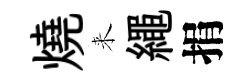
燒来繩捐